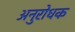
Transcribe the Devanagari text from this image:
अनुरोधक